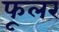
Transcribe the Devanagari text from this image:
फूलर